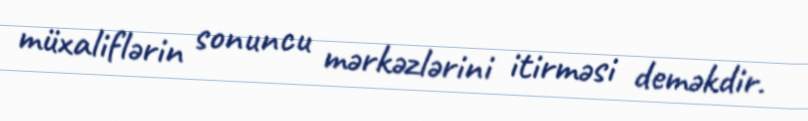
müxaliflərin sonuncu mərkəzlərini itirməsi deməkdir.